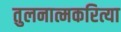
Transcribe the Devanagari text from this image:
तुलनात्मकरित्या